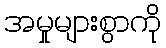
အမှုများစွာကို